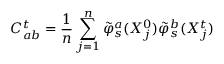
C _ { a b } ^ { t } = \frac { 1 } { n } \sum _ { j = 1 } ^ { n } \tilde { \varphi } _ { s } ^ { a } ( X _ { j } ^ { 0 } ) \tilde { \varphi } _ { s } ^ { b } ( X _ { j } ^ { t } )